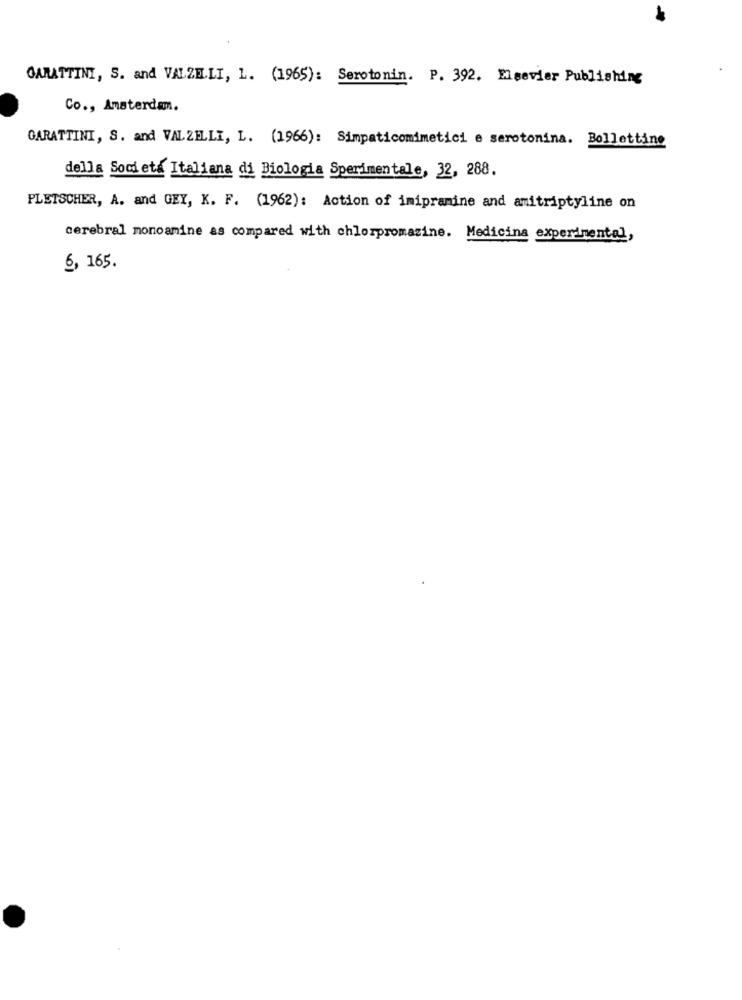
GARATTINI, S. and VALZELLI, L. (1965): Serotonin. P. 392. Elsevier Publishing
Co ., Amsterdam.
GARATTINI, S. and VALZELLI, L. (1966): Simpaticomimetici e serotonina. Bollettino
della Societa Italiana di Biologia Sperimentale, 32, 288.
PLETSCHER, A. and GEY, K. F. (1962): Action of imipramine and amitriptyline on
cerebral monoamine as compared with chlorpromazine. Medicina experimental,
6, 165.